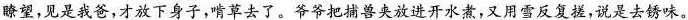
瞭望，见是我爸，才放下身子，啃草去了。爷爷把捕兽夹放进开水煮，又用雪反复搓，说是去锈味。